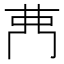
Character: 𮎳